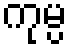
ကုမ္ပ